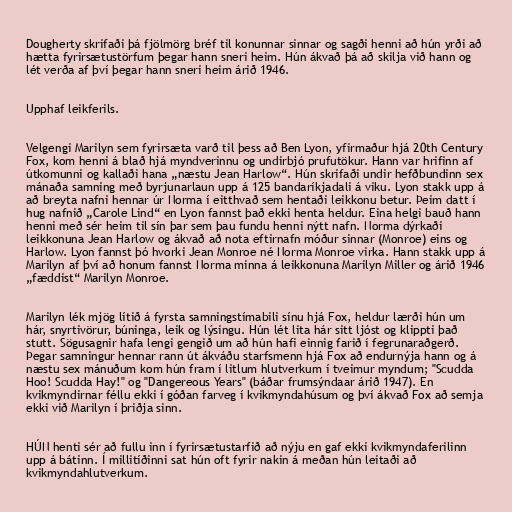
Dougherty skrifaði þá fjölmörg bréf til konunnar sinnar og sagði henni að hún yrði að
hætta fyrirsætustörfum þegar hann sneri heim. Hún ákvað þá að skilja við hann og
lét verða af því þegar hann sneri heim árið 1946.

Upphaf leikferils.

Velgengi Marilyn sem fyrirsæta varð til þess að Ben Lyon, yfirmaður hjá 20th Century
Fox, kom henni á blað hjá myndverinnu og undirbjó prufutökur. Hann var hrifinn af
útkomunni og kallaði hana „næstu Jean Harlow“. Hún skrifaði undir hefðbundinn sex
mánaða samning með byrjunarlaun upp á 125 bandaríkjadali á viku. Lyon stakk upp á
að breyta nafni hennar úr Norma í eitthvað sem hentaði leikkonu betur. Þeim datt í
hug nafnið „Carole Lind“ en Lyon fannst það ekki henta heldur. Eina helgi bauð hann
henni með sér heim til sín þar sem þau fundu henni nýtt nafn. Norma dýrkaði
leikkonuna Jean Harlow og ákvað að nota eftirnafn móður sinnar (Monroe) eins og
Harlow. Lyon fannst þó hvorki Jean Monroe né Norma Monroe virka. Hann stakk upp á
Marilyn af því að honum fannst Norma minna á leikkonuna Marilyn Miller og árið 1946
„fæddist“ Marilyn Monroe.

Marilyn lék mjög lítið á fyrsta samningstímabili sínu hjá Fox, heldur lærði hún um
hár, snyrtivörur, búninga, leik og lýsingu. Hún lét lita hár sitt ljóst og klippti það
stutt. Sögusagnir hafa lengi gengið um að hún hafi einnig farið í fegrunaraðgerð.
Þegar samningur hennar rann út ákváðu starfsmenn hjá Fox að endurnýja hann og á
næstu sex mánuðum kom hún fram í litlum hlutverkum í tveimur myndum; "Scudda
Hoo! Scudda Hay!" og "Dangereous Years" (báðar frumsýndaar árið 1947). En
kvikmyndirnar féllu ekki í góðan farveg í kvikmyndahúsum og því ákvað Fox að semja
ekki við Marilyn í þriðja sinn.

HÚN henti sér að fullu inn í fyrirsætustarfið að nýju en gaf ekki kvikmyndaferilinn
upp á bátinn. Í millitíðinni sat hún oft fyrir nakin á meðan hún leitaði að
kvikmyndahlutverkum.